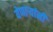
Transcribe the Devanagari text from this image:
येणाऱ्यांनी